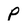
Character: P